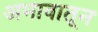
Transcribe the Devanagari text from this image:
अभावातून